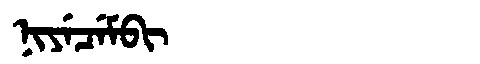
Manchu: ᠨᡳᠶᡝᠴᡝᠮᠪᡳ
Romanization: NIYECEMBI